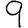
Digit: 9